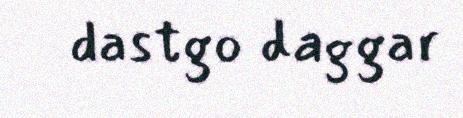
dastgo daggar